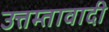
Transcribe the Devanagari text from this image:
उत्तम्तावादी